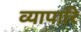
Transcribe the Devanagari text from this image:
व्यापारि